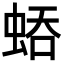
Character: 𧌀